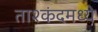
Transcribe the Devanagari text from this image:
ताश्कंदमध्ये